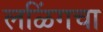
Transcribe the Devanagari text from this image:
लळिंगचा